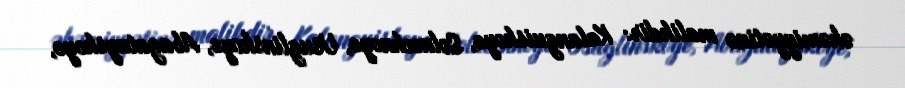
əhəmiyyətinə malikdir: Kalanguiskoye, Solnechnoye, Usuglinskoye, Abagatuyskoye,